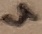
Text: 4